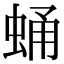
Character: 蛹